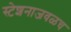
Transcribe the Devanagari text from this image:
स्टेशनाजवळच